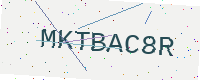
Text: MKTBAC8R